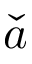
\check { a }